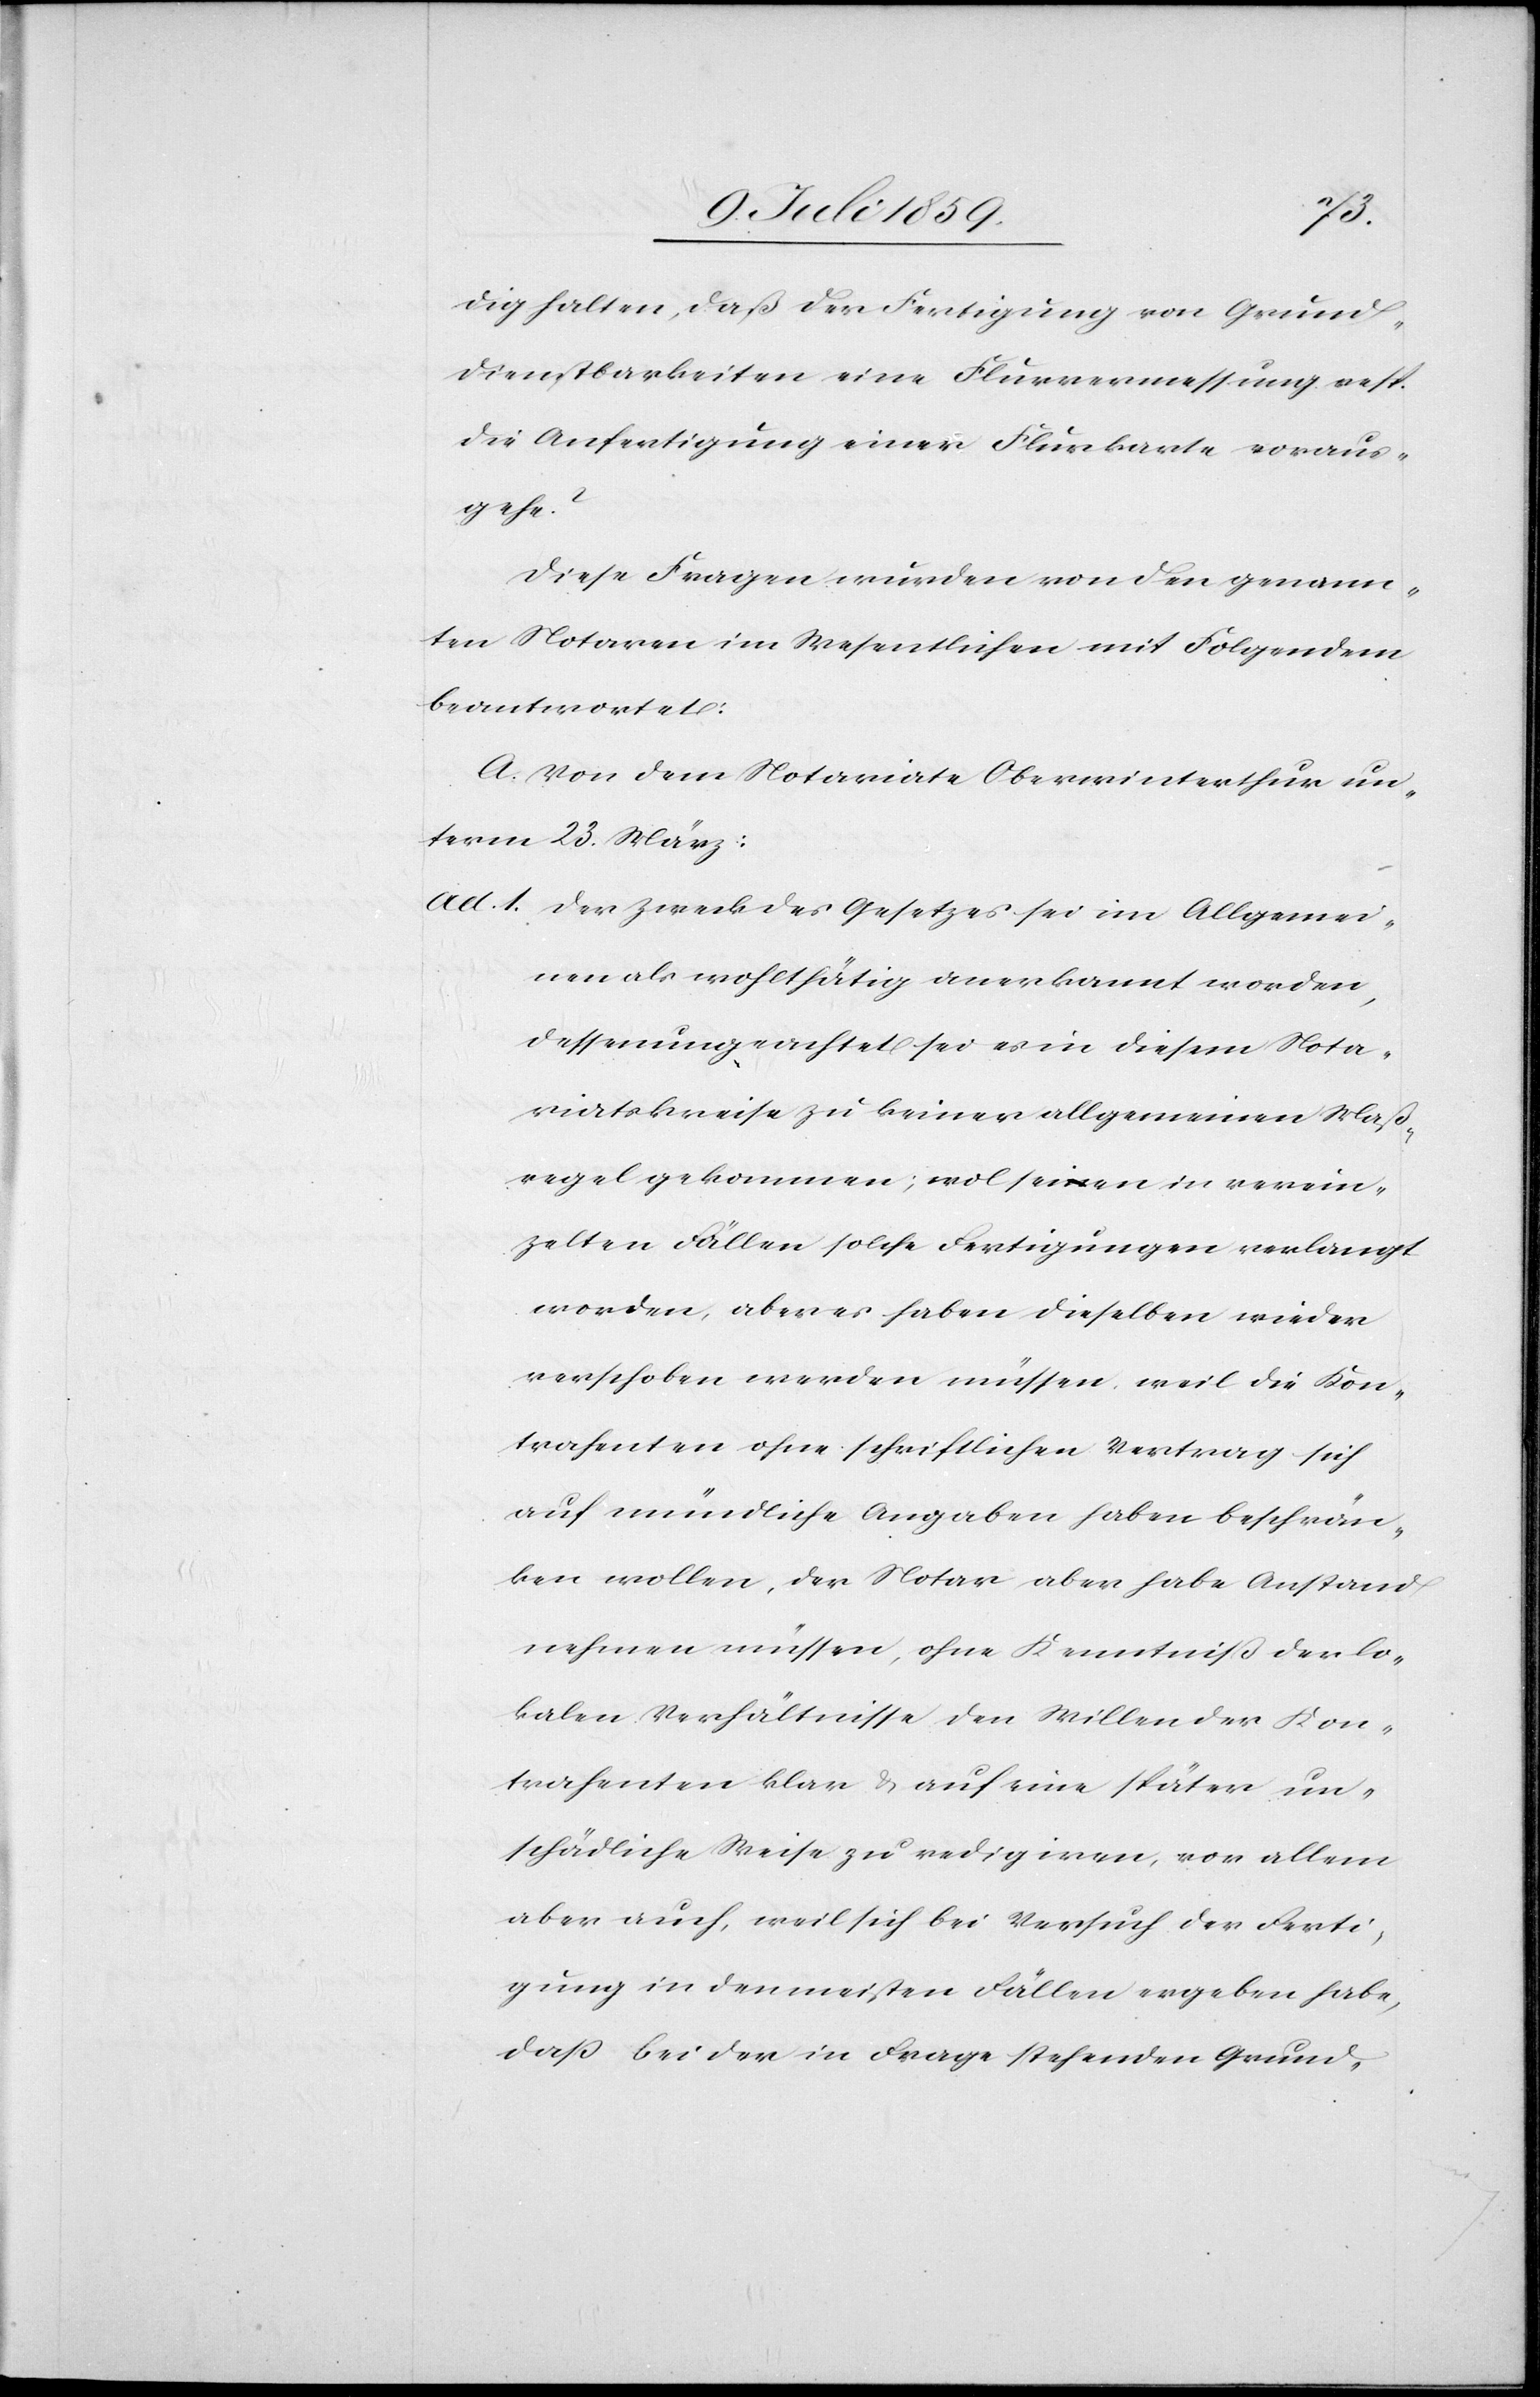
dig halten, daß der Fertigung von Grund¬
dienstbarkeiten eine Flurvermessung resp.
die Anfertigung einer Flurkarte voraus¬
gehe?
Diese Fragen wurden von den genann¬
ten Notaren im Wesentlichen mit Folgendem
beantwortet:
A. Von dem Notariate Oberwinterthur un¬
term 23. März:
ad. 1. Der Zweck des Gesetzes sei im Allgemei¬
nen als wohlthätig anerkannt worden,
dessen ungeachtet sei es in diesem Nota¬
riatskreise zu keiner allgemeinen Maß¬
regel gekommen; wol seien in verein¬
zelten Fällen solche Fertigungen verlangt
worden, aber es haben dieselben wieder
verschoben werden müssen, weil die Kon¬
trahenten ohne schriftlichen Vertrag sich
auf mündliche Angaben haben beschrän¬
ken wollen, der Notar aber habe Anstand
nehmen müssen, ohne Kenntniß der lo¬
kalen Verhältnisse den Willen der Kon¬
trahenten klar u. auf eine später un¬
schädliche Weise zu redigiren, vor allem
aber auch, weil sich bei Versuch der Ferti¬
gung in den meisten Fällen ergeben habe,
daß bei der in Frage stehenden Grund-